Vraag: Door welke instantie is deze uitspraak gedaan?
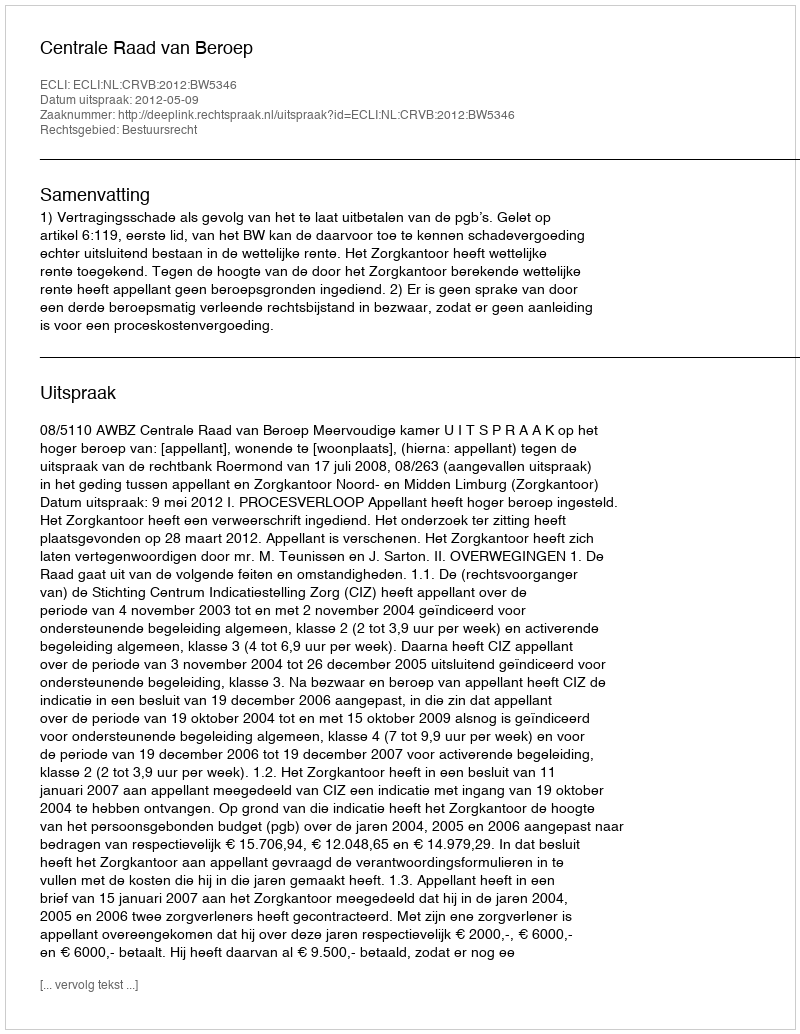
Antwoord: Centrale Raad van Beroep